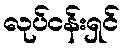
လုပ်ငန်းရှင်